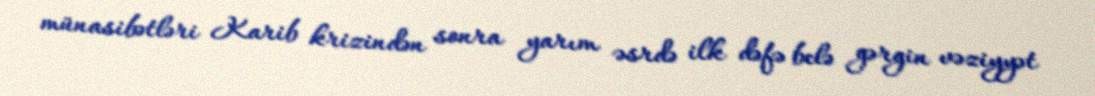
münasibətləri Karib krizindən sonra yarım əsrdə ilk dəfə belə gərgin vəziyyət